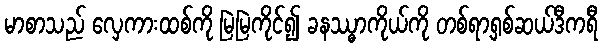
မာစာသည် လှေကားထစ်ကို မြဲမြဲကိုင်၍ ခနဿ္ဓာကိုယ်ကို တစ်ရာ့ရှစ်ဆယ်ဒီကရီ